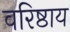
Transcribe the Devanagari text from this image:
वरिष्ठाय